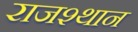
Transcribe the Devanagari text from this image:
राजश्थान